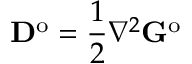
\mathbf { D } ^ { \mathrm { o } } = \frac { 1 } { 2 } \nabla ^ { 2 } \mathbf { G } ^ { \mathrm { o } }